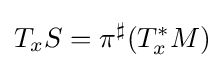
T_{x}S={\pi ^{\sharp }}(T_{x}^{\ast }M)